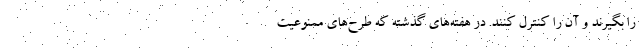
را بگیرند و آن را کنترل کنند. در هفته‌های گذشته که طرح‌های ممنوعیت